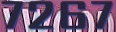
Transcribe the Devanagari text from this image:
७२६७